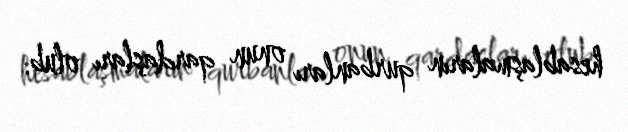
hesablaşmaların qurbanları onun qardaşları olub.